Vaccination in Burma 1912-1922 - 1912-1922
Year: 1912
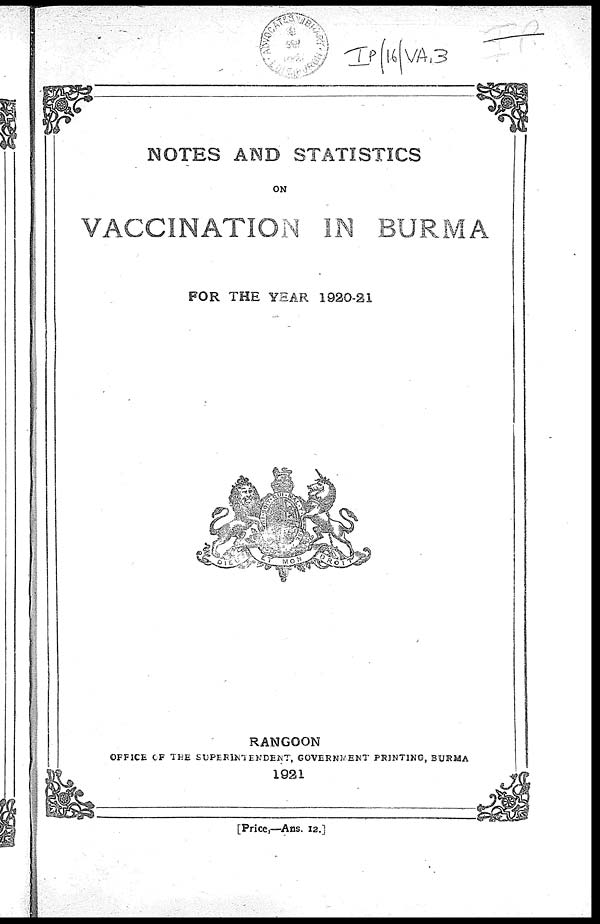
NOTES AND STATISTICS
ON
VACCINATION IN BURMA
FOR THE YEAR 1920-21
RANGOON
OFFICE OF THE SUPERINTENDENT, GOVERNMENT PRINTING, BURMA
1921
[Price,—Ans. 12.]